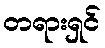
တရားရှင်